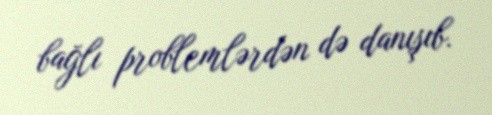
bağlı problemlərdən də danışıb.